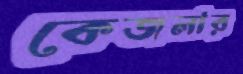
কেজলার